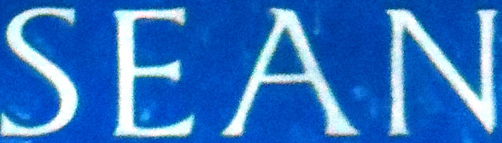
SEAN